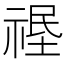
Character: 𱵛